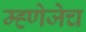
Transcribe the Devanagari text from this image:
म्ह्णेजेच